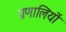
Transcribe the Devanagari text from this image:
प्रणालियों